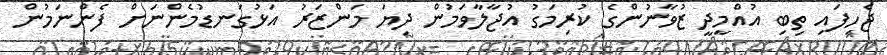
ޖެހިފައި ތިބި އުއްމީދީ ޒުވާނުންގެ ކުރިމަގު އުޖާލާވަމުން ދިޔަ މަންޒަރު އަޅުގަނޑުމެންނަށް ފެންނަމުން